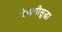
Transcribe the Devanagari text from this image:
देणगीसुद्धा